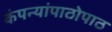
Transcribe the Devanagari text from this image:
कंपन्यांपाठोपाठ